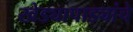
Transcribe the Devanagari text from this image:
खेड्यापाड्यांचे